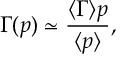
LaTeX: \Gamma ( p ) \simeq \frac { \langle \Gamma \rangle p } { \langle p \rangle } ,